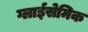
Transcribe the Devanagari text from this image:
ग्लाईसेमिक